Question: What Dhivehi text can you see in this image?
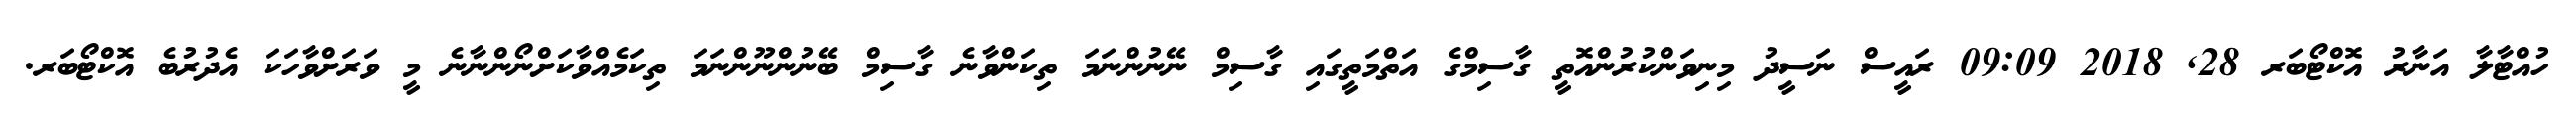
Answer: ހުއްޓާލާ އަނާރު އޮކްޓޯބަރ 28, 2018 09:09 ރައީސް ނަސީދު މިނިވަންކުރުންއޮތީ ގާސިމްގެ އަތްމަތީގައި ގާސިމް ނޭނުންނަމަ ތިކަންވާނެ ގާސިމް ބޭނުންނޫންނަމަ ތިކަމެއްވާކަށްނޯންނާނެ މީ ވަރަށްވާހަކަ އެދުރުބެ އޮކްޓޯބަރ.